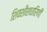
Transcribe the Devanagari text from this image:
शिवशीशधारिणी